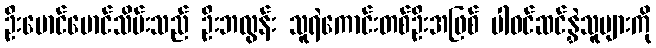
ဦးမောင်မောင်သိမ်းသည် ဦးဘလွန်း သူရဲကောင်းတစ်ဦးအဖြစ် ပါဝင်ဆင်နွှဲသူများကို